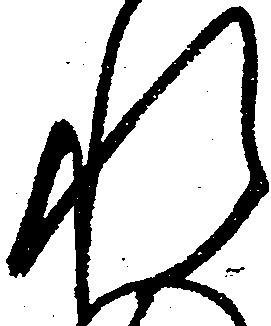
れ